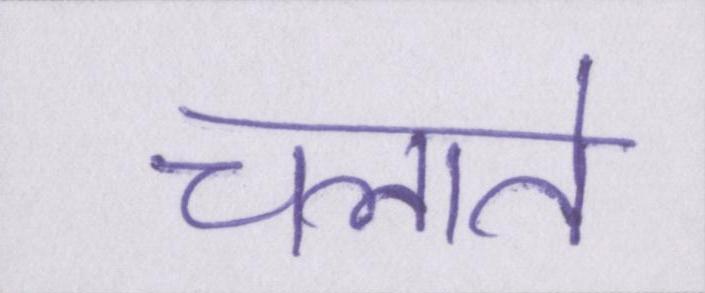
चलाते